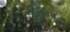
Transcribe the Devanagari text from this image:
सोसिस